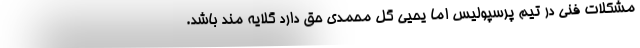
مشکلات فنی در تیم پرسپولیس اما یحیی گل محمدی حق دارد گلایه مند باشد.